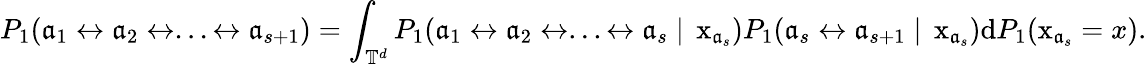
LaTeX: P_{1}(\mathfrak{a}_{1}\leftrightarrow\mathfrak{a}_{2}\leftrightarrow...\leftrightarrow\mathfrak{a}_{s+1})=\int_{\mathbb{{T}}^{d}}P_{1}(\mathfrak{a}_{1}\leftrightarrow\mathfrak{a}_{2}\leftrightarrow...\leftrightarrow\mathfrak{a}_{s}\; |\; \operatorname{x}_{\mathfrak{a}_{s}})P_{1}(\mathfrak{a}_{s}\leftrightarrow\mathfrak{a}_{s+1}\; |\; \operatorname{x}_{\mathfrak{a}_{s}})\mathrm{{d}}P_{1}(\operatorname{x}_{\mathfrak{a}_{s}}=x).